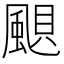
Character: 𩗗